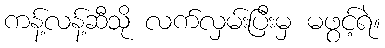
ကန့်လန့်ဆီသို လက်လှမ်းပြီးမှ မဖွင့်ရဲ။